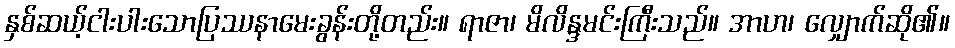
နှစ်ဆယ့်ငါးပါးသောပြဿနာမေးခွန်းတို့တည်း။ ရာဇာ၊ မိလိန္ဒမင်းကြီးသည်။ အာဟ၊ လျှောက်ဆို၏။